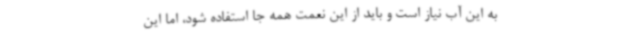
به این آب نیاز است و باید از این نعمت همه جا استفاده شود، اما این